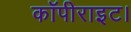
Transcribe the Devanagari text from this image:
कॉपीराइट।